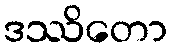
ဒဿိတော